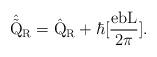
LaTeX: \begin{align*}\hat{\tilde{\rm Q}}_{\rm R} = \hat{\rm Q}_{\rm R} + \hbar[\frac{eb\rm L}{2\pi}].\end{align*}